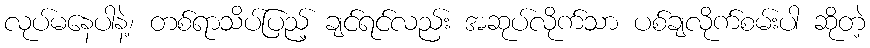
လုပ်မနေပါနဲ့၊ တစ်ရာသိပ်ပြည့် ချင်ရင်လည်း အဆုပ်လိုက်သာ ပစ်ချလိုက်စမ်းပါ ဆိုတဲ့